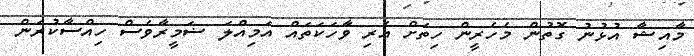
މާއިޝާ އުޅުނު ގޮތުން މެހެރީން ހިތަށް އެރި ވާހަކަތައް އަމިއްލަ ޟަމީރާވެސް ހިއްސާކުރަން